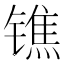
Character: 𨱓